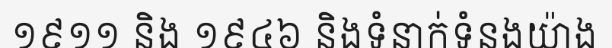
១៩១១ និង ១៩៤៦ និងទំនាក់ទំនងយ៉ាង